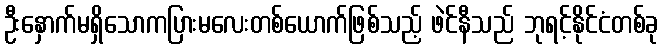
ဦးနှောက်မရှိသောကပြားမလေးတစ်ယောက်ဖြစ်သည့် ဖဲင်နီသည် ဘုရင့်နိုင်ငံတစ်ခု